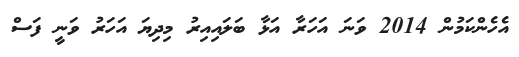
އެހެންކަމުން 2014 ވަނަ އަހަރާ އަޅާ ބަލައިއިރު މިދިޔަ އަހަރު ވަނީ ފަސް